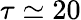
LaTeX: \tau\simeq 20